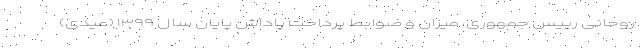
روحانی رییس جمهوری، میزان و ضوابط پرداخت پاداش پایان سال ۱۳۹۹ (عیدی)